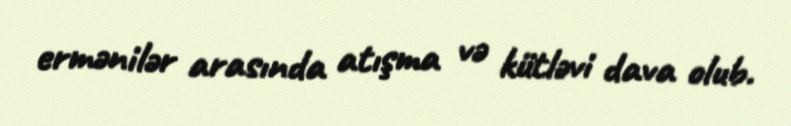
ermənilər arasında atışma və kütləvi dava olub.